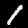
Label: 1